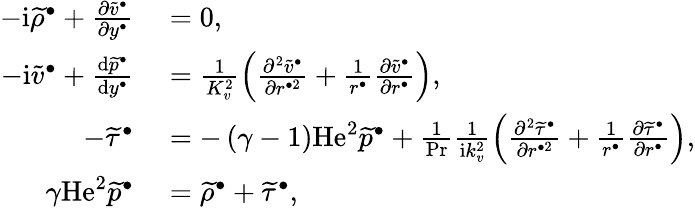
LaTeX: \begin{array}{rl}{-\mathrm{i}\widetilde{\rho}^{\bullet}+\frac{\partial\widetilde{v}^{\bullet}}{\partial y^{\bullet}}}&{{}=0,}\\ {-\mathrm{i}\widetilde{v}^{\bullet}+\frac{\mathrm{d}\widetilde{p}^{\bullet}}{\mathrm{d}y^{\bullet}}}&{{}=\frac{1}{K_{v}^{2}}\left(\frac{\partial^{2}\widetilde{v}^{\bullet}}{\partial r^{\bullet 2}}+\frac{1}{r^{\bullet}}\frac{\partial\widetilde{v}^{\bullet}}{\partial r^{\bullet}}\right),}\\ {-\widetilde{\tau}^{\bullet}}&{{}=-\left(\gamma-1\right)\mathrm{He}^{2}\widetilde{p}^{\bullet}+\frac{1}{\mathrm{Pr}}\frac{1}{\mathrm{i}k_{v}^{2}}\left(\frac{\partial^{2}\widetilde{\tau}^{\bullet}}{\partial r^{\bullet 2}}+\frac{1}{r^{\bullet}}\frac{\partial\widetilde{\tau}^{\bullet}}{\partial r^{\bullet}}\right),}\\ {\gamma\mathrm{He}^{2}\widetilde{p}^{\bullet}}&{{}=\widetilde{\rho}^{\bullet}+\widetilde{\tau}^{\bullet},}\end{array}